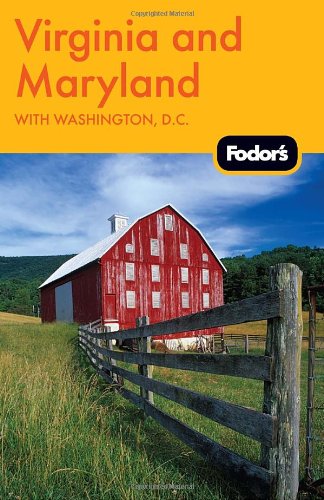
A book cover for Fodor's Virginia and Maryland: with Washington, D.C. (Travel Guide); Fodor's; Travel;